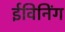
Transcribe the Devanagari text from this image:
ईविनिंग